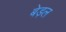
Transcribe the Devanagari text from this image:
बेड़ल